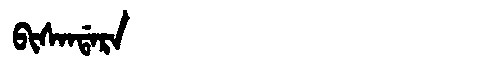
Manchu: ᠪᡳᠰᠠᠨᡩᠠᡵᠠ
Romanization: BISANDARA